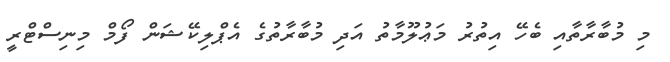
މި މުބާރާތާއި ބެހޭ އިތުރު މަޢުލޫމާތު އަދި މުބާރާތުގެ އެޕްލިކޭޝަން ފޯމް މިނިސްޓްރީ